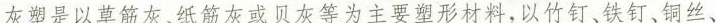
灰望是以草筋灰、纸筋灰或贝灰等为主要塑形材料，以竹钉、铁钉、铜丝、